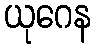
ယုဂေန